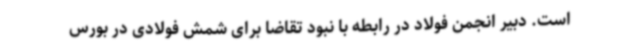
است. دبیر انجمن فولاد در رابطه با نبود تقاضا برای شمش فولادی در بورس